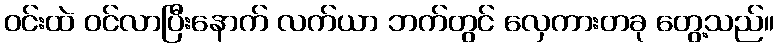
ဝင်းထဲ ဝင်လာပြီးနောက် လက်ယာ ဘက်တွင် လှေကားတခု တွေ့သည်။